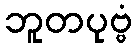
ဘူတပုဗ္ဗံ